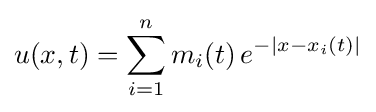
u(x,t)=\sum _{i=1}^{n}m_{i}(t)\,e^{-|x-x_{i}(t)|}